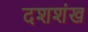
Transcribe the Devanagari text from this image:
दशशंख